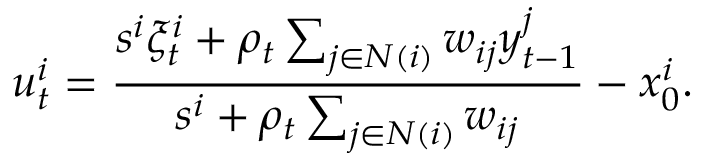
u _ { t } ^ { i } = \frac { s ^ { i } \xi _ { t } ^ { i } + \rho _ { t } \sum _ { j \in N ( i ) } w _ { i j } y _ { t - 1 } ^ { j } } { s ^ { i } + \rho _ { t } \sum _ { j \in N ( i ) } w _ { i j } } - x _ { 0 } ^ { i } .